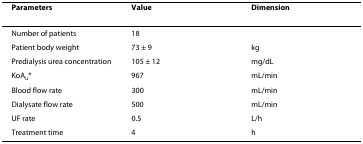
<table><thead><tr><td><b>Parameters</b></td><td><b>Value</b></td><td><b>Dimension</b></td></tr></thead><tbody><tr><td>Number of patients</td><td>18</td><td></td></tr><tr><td>Patient body weight</td><td>73 ± 9</td><td>kg</td></tr><tr><td>Predialysis urea concentration</td><td>105 ± 12</td><td>mg/dL</td></tr><tr><td>KoA<sub>u</sub>*</td><td>967</td><td>mL/min</td></tr><tr><td>Blood flow rate</td><td>300</td><td>mL/min</td></tr><tr><td>Dialysate flow rate</td><td>500</td><td>mL/min</td></tr><tr><td>UF rate</td><td>0.5</td><td>L/h</td></tr><tr><td>Treatment time</td><td>4</td><td>h</td></tr></tbody></table>